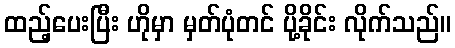
ထည့်ပေးပြီး ဟိုမှာ မှတ်ပုံတင် ပို့ခိုင်း လိုက်သည်။